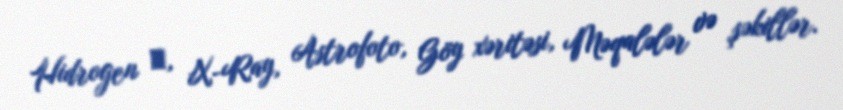
Hidrogen α, X-Ray, Astrofoto, Göy xəritəsi, Məqalələr və şəkillər.